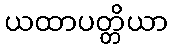
ယထာပတ္တိယာ